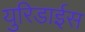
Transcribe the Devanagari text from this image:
युरिडाईस